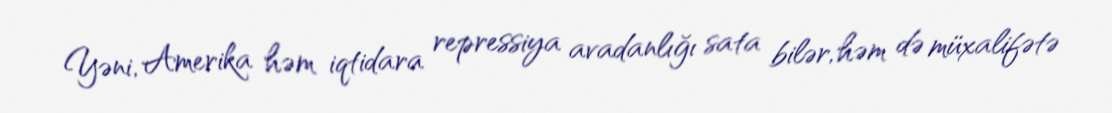
Yəni, Amerika həm iqtidara repressiya avadanlığı sata bilər, həm də müxalifətə